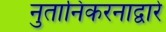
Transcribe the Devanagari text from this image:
नुतानिकरनाद्वारे